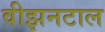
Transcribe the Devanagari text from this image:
वीझनटाल